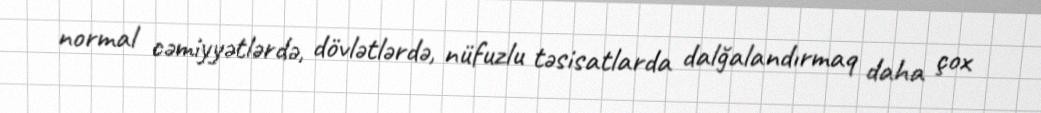
normal cəmiyyətlərdə, dövlətlərdə, nüfuzlu təsisatlarda dalğalandırmaq daha çox